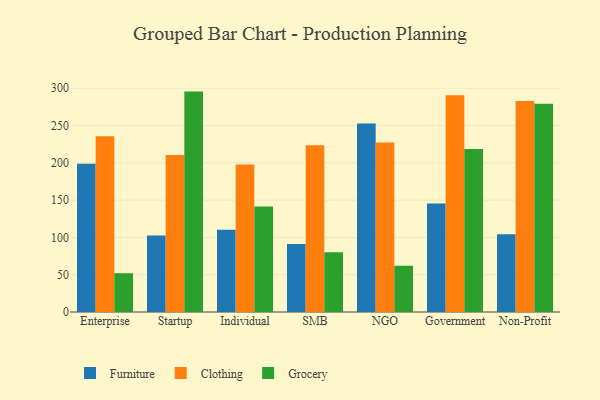
{"axis": {"x": "Segment", "y": "Population (Million)"}, "legend": ["Clothing", "Furniture", "Grocery"], "data": [{"x": "Enterprise", "y": 198.9, "type": "Furniture"}, {"x": "Enterprise", "y": 235.8, "type": "Clothing"}, {"x": "Enterprise", "y": 52.0, "type": "Grocery"}, {"x": "Startup", "y": 102.5, "type": "Furniture"}, {"x": "Startup", "y": 210.6, "type": "Clothing"}, {"x": "Startup", "y": 295.5, "type": "Grocery"}, {"x": "Individual", "y": 110.4, "type": "Furniture"}, {"x": "Individual", "y": 197.9, "type": "Clothing"}, {"x": "Individual", "y": 141.4, "type": "Grocery"}, {"x": "SMB", "y": 91.3, "type": "Furniture"}, {"x": "SMB", "y": 223.6, "type": "Clothing"}, {"x": "SMB", "y": 80.2, "type": "Grocery"}, {"x": "NGO", "y": 252.7, "type": "Furniture"}, {"x": "NGO", "y": 227.3, "type": "Clothing"}, {"x": "NGO", "y": 62.0, "type": "Grocery"}, {"x": "Government", "y": 145.5, "type": "Furniture"}, {"x": "Government", "y": 290.6, "type": "Clothing"}, {"x": "Government", "y": 218.6, "type": "Grocery"}, {"x": "Non-Profit", "y": 104.3, "type": "Furniture"}, {"x": "Non-Profit", "y": 282.9, "type": "Clothing"}, {"x": "Non-Profit", "y": 279.2, "type": "Grocery"}]}